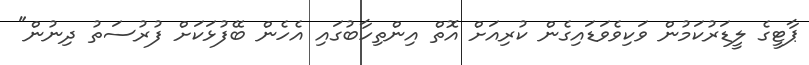
ޕާޓީގެ ލީޑަރުކަމުން ވަކިވެވަޑައިގެން ކުރިއަށް އޮތް އިންތިހާބުގައި އެހެން ބޭފުޅަކަށް ފުރުސަތު ދިނުން"